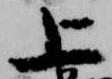
上